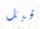
قبل